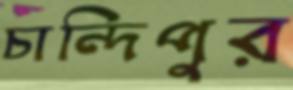
চান্দিপুর